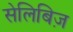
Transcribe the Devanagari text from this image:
सेलिबिज़